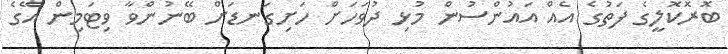
ބޮރޮކޮލީގެ ފަތުގެ އެއް އައުންސުން މުޅި ދުވަހަށް ހަށިގަނޑަށް ބޭނުންވާ ވިޓަމިން އޭގެ